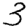
Digit: 3